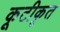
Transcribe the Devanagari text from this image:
कूटीकृत